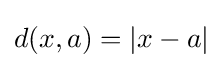
d(x,a)=\left|x-a\right|